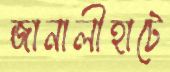
জানালীহাটে